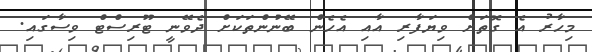
މިހާރު އެ ގޮތަށް ވިޔަފާރި އާއި އެހެން ބޭނުންތަކަށް ދެވޭނީ ޓޫރިސްޓް ވިސާގައި.